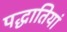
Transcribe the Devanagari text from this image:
पद्धातियां